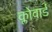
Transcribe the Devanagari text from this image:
क्लोवार्ड